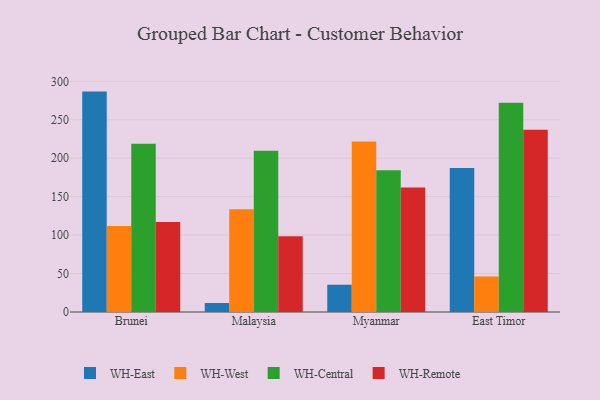
{"axis": {"x": "Country", "y": "Operating Costs (USD K)"}, "legend": ["WH-Central", "WH-East", "WH-Remote", "WH-West"], "data": [{"x": "Brunei", "y": 286.6, "type": "WH-East"}, {"x": "Brunei", "y": 111.8, "type": "WH-West"}, {"x": "Brunei", "y": 218.8, "type": "WH-Central"}, {"x": "Brunei", "y": 117.1, "type": "WH-Remote"}, {"x": "Malaysia", "y": 11.7, "type": "WH-East"}, {"x": "Malaysia", "y": 133.5, "type": "WH-West"}, {"x": "Malaysia", "y": 209.8, "type": "WH-Central"}, {"x": "Malaysia", "y": 98.5, "type": "WH-Remote"}, {"x": "Myanmar", "y": 35.5, "type": "WH-East"}, {"x": "Myanmar", "y": 221.8, "type": "WH-West"}, {"x": "Myanmar", "y": 184.3, "type": "WH-Central"}, {"x": "Myanmar", "y": 161.9, "type": "WH-Remote"}, {"x": "East Timor", "y": 187.3, "type": "WH-East"}, {"x": "East Timor", "y": 46.2, "type": "WH-West"}, {"x": "East Timor", "y": 272.1, "type": "WH-Central"}, {"x": "East Timor", "y": 237.0, "type": "WH-Remote"}]}